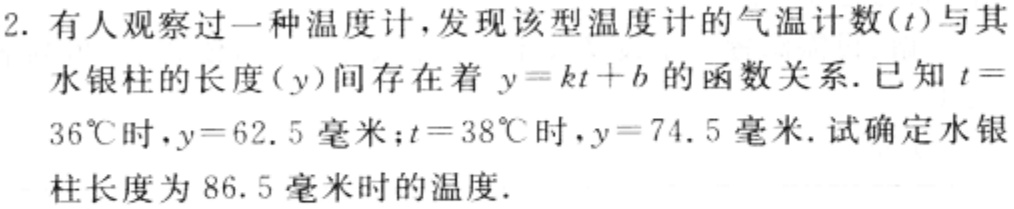
2. 有人观察过一种温度计，发现该型温度计的气温计数\((t)\)与其水银柱的长度\((y)\)间存在着\(y = kt + b\)的函数关系. 已知\(t = 36^{\circ}\text{C}\)时，\(y = 62.5\)毫米；\(t = 38^{\circ}\text{C}\)时，\(y = 74.5\)毫米. 试确定水银柱长度为\(86.5\)毫米时的温度.